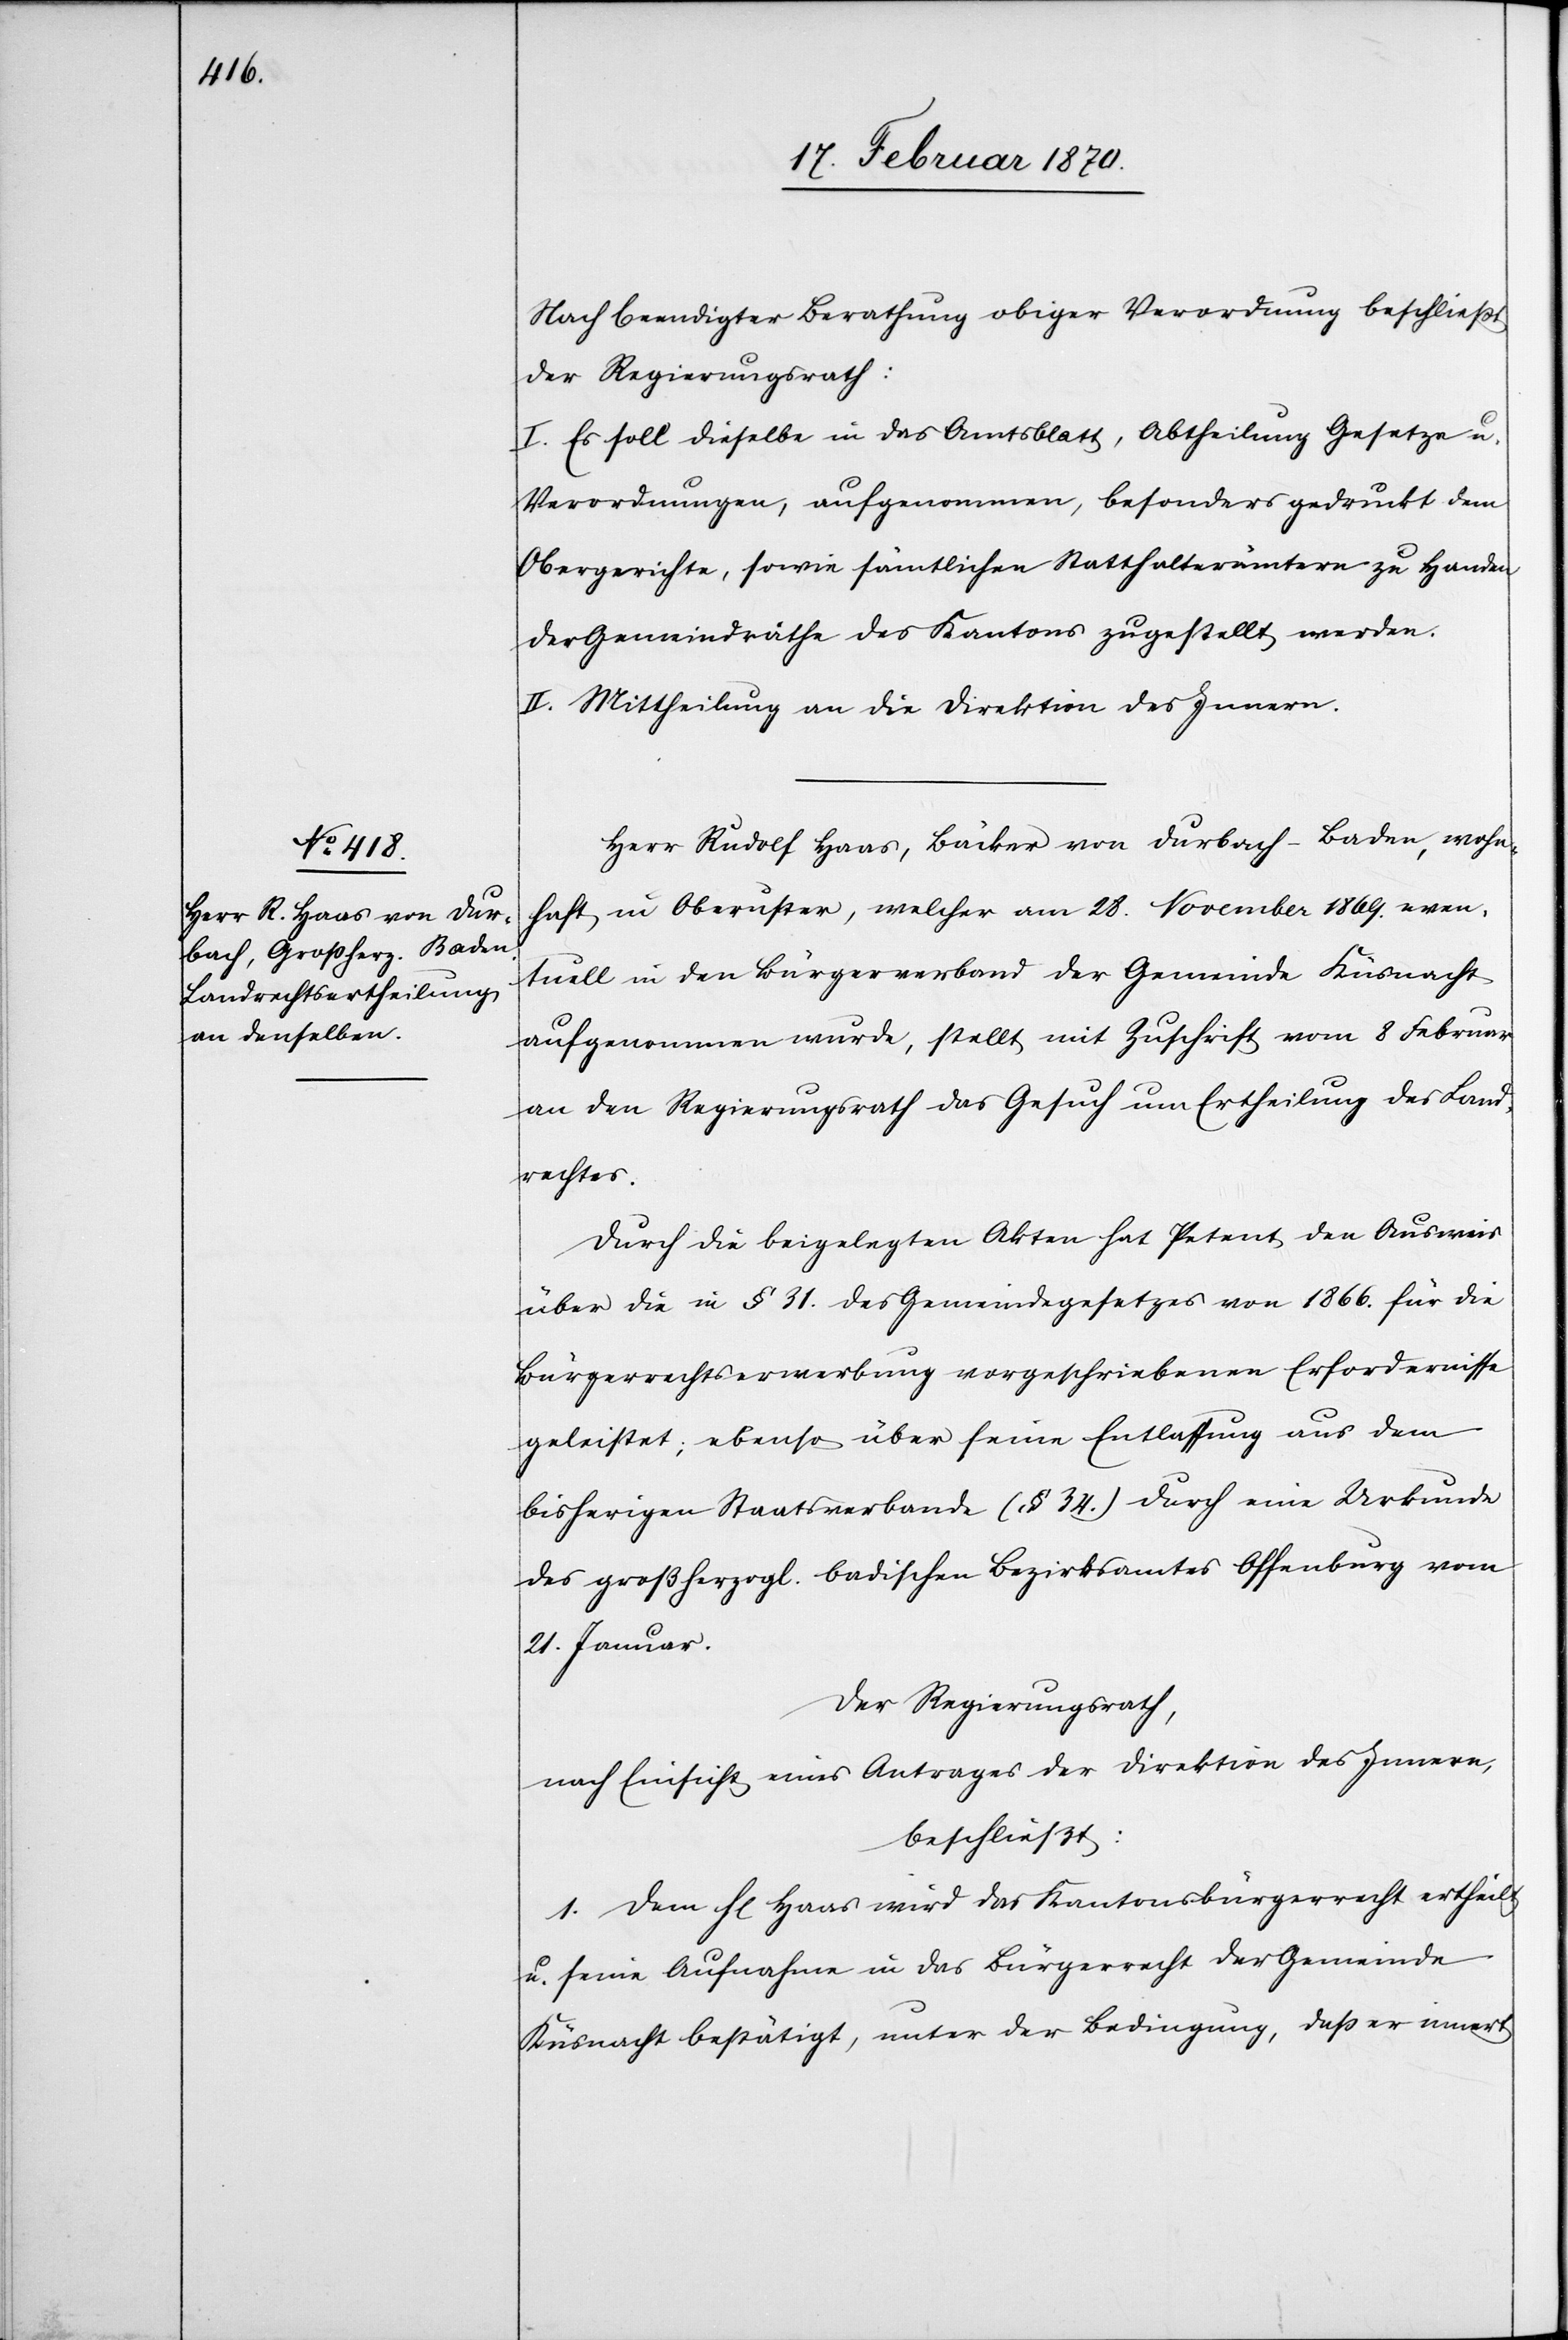
Nach beendigter Berathung obiger Verordnung beschliesst
der Regierungsrath:
I. Es soll dieselbe in das Amtsblatt, Abtheilung Gesetze u.
Verordnungen, aufgenommen, besonders gedruckt dem
Obergerichte, sowie sämtlichen Statthalterämter zu Handen
der Gemeindräthe des Kantons zugestellt werden.
II. Mittheilung an die Direktion des Innern.
Herr Rudolf Haas, Bäcker von Durbach-Baden, wohn¬
haft in Oberuster, welcher am 28. November 1869. even¬
tuell in den Bürgerverband der Gemeinde Küsnacht
aufgenommen wurde, stellt mit Zuschrift vom 8 Februar
an den Regierungsrath das Gesuch um Ertheilung des Land¬
rechtes.
Durch die beigelegten Akten hat Petent den Ausweis
über die in § 31. des Gemeindegesetzes von 1866. für die
Bürgerrechtserwerbung vorgeschriebenen Erfordernisse
geleistet; ebenso über seine Entlassung aus dem
bisherigen Staatsverbande (§ 34.) durch eine Urkunde
des großherzogl. badischen Bezirksamtes Offenburg vom
21. Januar.
Der Regierungsrath,
nach Einsicht eines Antrages der Direktion des Innern,
beschließt:
1. Dem H[errn] Haas wird das Kantonsbürgerrecht ertheilt
u. seine Aufnahme in das Bürgerrecht der Gemeinde
Küsnacht bestätigt, unter der Bedingung, dass er innert